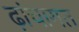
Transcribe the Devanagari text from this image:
ढ़ांचागत